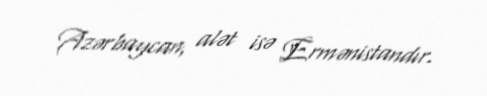
Azərbaycan, alət isə Ermənistandır.